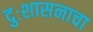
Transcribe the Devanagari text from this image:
दुःशासनाचा